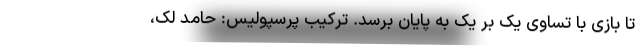
تا بازی با تساوی یک بر یک به پایان برسد. ترکیب پرسپولیس: حامد لک،